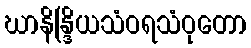
ဃာနိန္ဒြိယသံဝရသံဝုတော